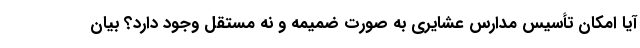
آیا امکان تأسیس مدارس عشایری به صورت ضمیمه و نه مستقل وجود دارد؟ بیان